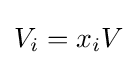
V_{i}=x_{i}V